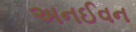
અનઈવન